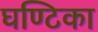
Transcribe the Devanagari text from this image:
घण्टिका